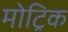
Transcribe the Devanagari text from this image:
मोट्रिक